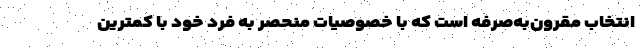
انتخاب مقرون‌به‌صرفه است که با خصوصیات منحصر به فرد خود با کمترین